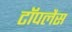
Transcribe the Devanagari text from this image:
टॉपलैस